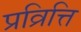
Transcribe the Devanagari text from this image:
प्रव्रित्ति